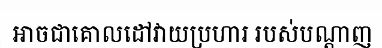
អាចជាគោលដៅវាយប្រហារ របស់បណ្តាញ